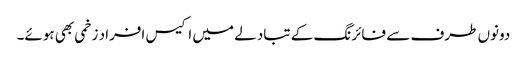
دونوں طرف سے فائرنگ کے تبادلے میں اکیس افراد زخمی بھی ہوئے۔